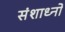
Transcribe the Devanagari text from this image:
संशाध्नो